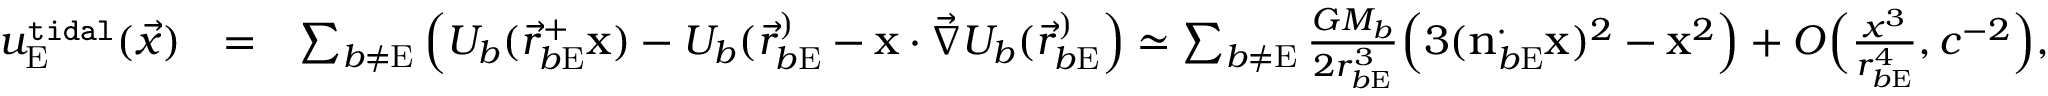
\begin{array} { r l r } { u _ { \mathrm { E } } ^ { \tt t i d a l } ( \vec { x } ) } & { = } & { \sum _ { b \not = \mathrm { E } } \Big ( U _ { b } ( { \vec { r } } _ { b \mathrm { E } } ^ + \boldsymbol { \mathrm { x } } ) - U _ { b } ( { \vec { r } } _ { b \mathrm { E } } ^ ) - \boldsymbol { \mathrm { x } } \cdot { \vec { \nabla } } U _ { b } ( { \vec { r } } _ { b \mathrm { E } } ^ ) \Big ) \simeq \sum _ { b \not = \mathrm { E } } \frac { G M _ { b } } { 2 r _ { b \mathrm { E } } ^ { 3 } } \Big ( 3 ( \boldsymbol { \mathrm { n } } _ { b \mathrm { E } } ^ \cdot \boldsymbol { \mathrm { x } } ) ^ { 2 } - \boldsymbol { \mathrm { x } } ^ { 2 } \Big ) + { \cal O } \Big ( \frac { x ^ { 3 } } { r _ { b \mathrm { E } } ^ { 4 } } , c ^ { - 2 } \Big ) , } \end{array}